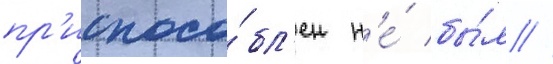
пр'испосо́бл'ен н'е́ бы́л //